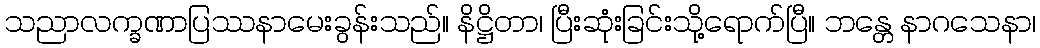
သညာလက္ခဏာပြဿနာမေးခွန်းသည်။ နိဋ္ဌိတာ၊ ပြီးဆုံးခြင်းသို့ရောက်ပြီ။ ဘန္တေ နာဂသေနာ၊